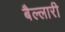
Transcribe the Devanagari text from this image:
बैल्लारी